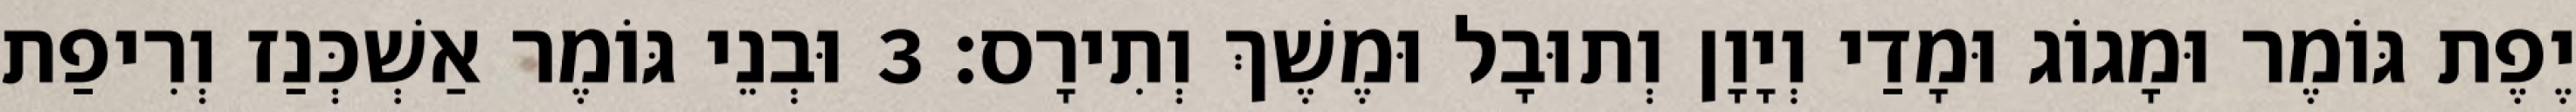
יֶפֶת גּוֹמֶר וּמָגוֹג וּמָדַי וְיָוָן וְתוּבָל וּמֶשֶׁךְ וְתִירָס׃ 3 וּבְנֵי גּוֹמֶר אַשְׁכְּנַז וְרִיפַת